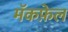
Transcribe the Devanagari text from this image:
मॅकफ़ेल